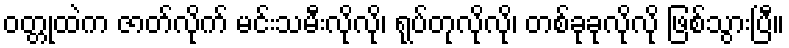
ဝတ္တုထဲက ဇာတ်လိုက် မင်းသမီးလိုလို၊ ရုပ်တုလိုလို၊ တစ်ခုခုလိုလို ဖြစ်သွားပြီ။